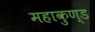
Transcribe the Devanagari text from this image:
महाकुण्ड